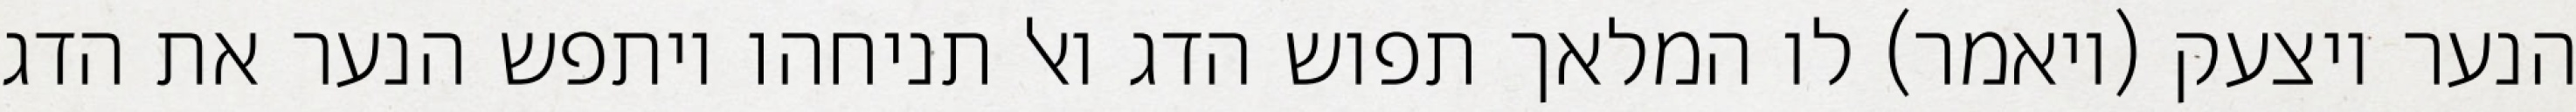
הנער ויצעק (ויאמר) לו המלאך תפוש הדג ואל תניחהו ויתפש הנער את הדג